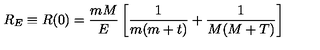
R _ { E } \equiv R ( 0 ) = \frac { m M } E \left[ \frac 1 { m ( m + t ) } + \frac 1 { M ( M + T ) } \right]